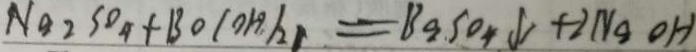
N a _ { 2 } S O _ { 4 } + B a ( O H _ { 2 } ) _ { 2 1 } = B a S O _ { 4 } \downarrow + 2 N a O H